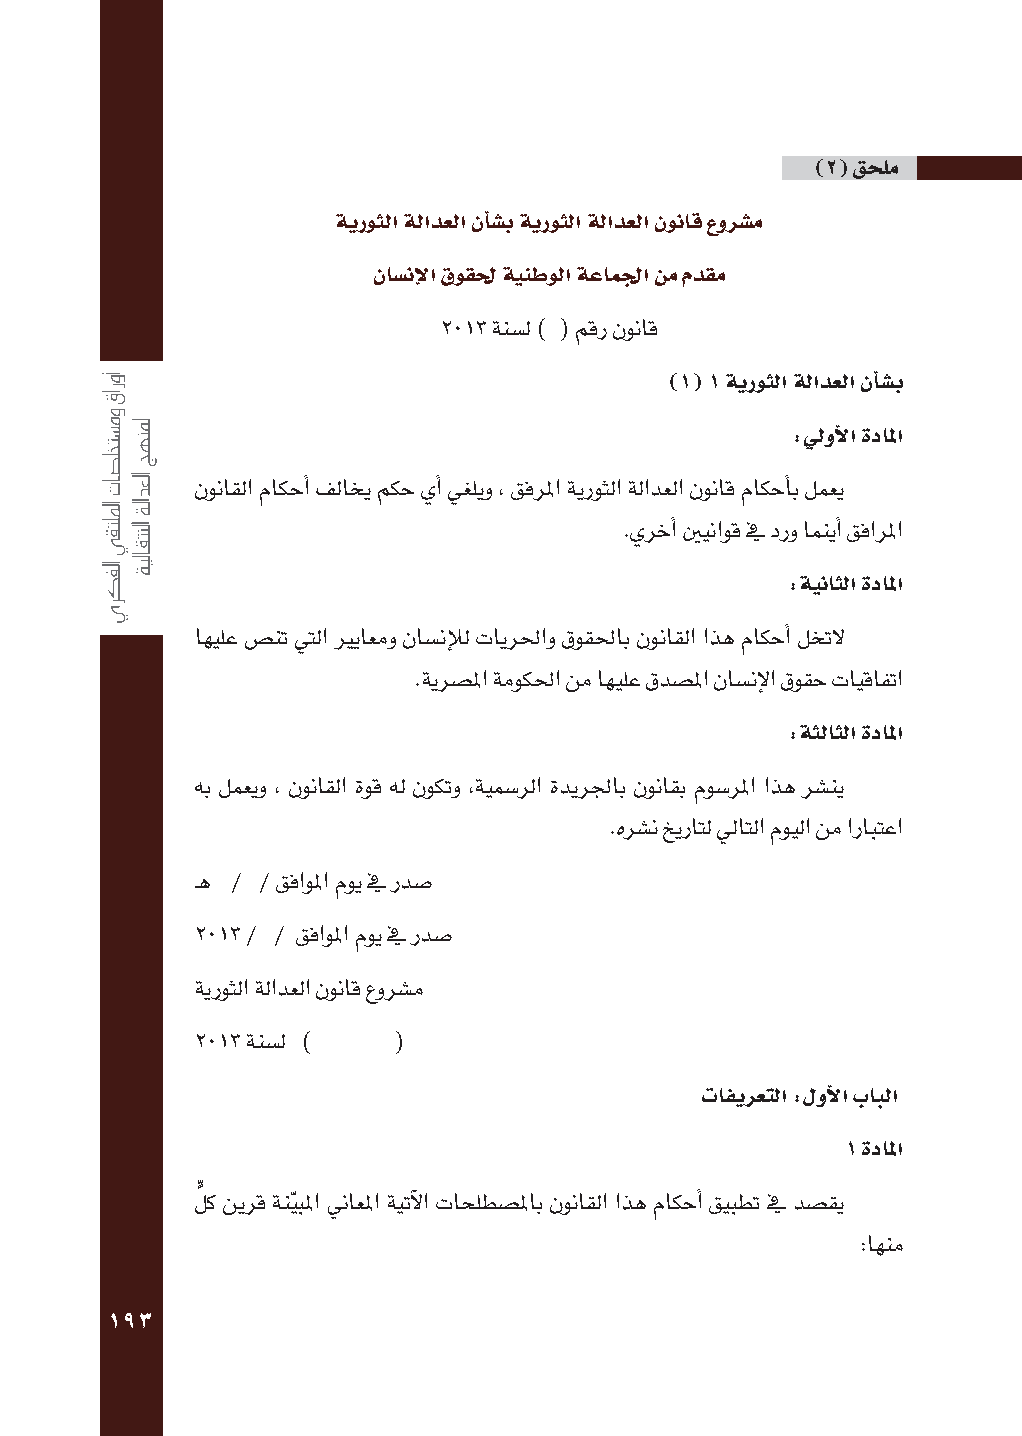
)2( قحلم
 ةيروثلا ةلادعلا نأاض�ب ةيروثلا ةلادعلا نوناق عورض�م
 ناض�نإلا قوقلح ةينطولا ةعاملجا نم مدقم
 2013 ةنش�ل ) ( مقر نوناق
 )1( 1 ةيروثلا ةلادعلا نأاض�ب
 :ليوألا ةدالما
 نوناقلا ماكحأا فلاخي مكح يأا يغليو , قفرلما ةيروثلا ةلادعلا نوناق ماكحأاب لمعي
 .يرخأا ينيناوق في درو امنيأا قفارلما
 :ةيناثلا ةدالما
 اهيلع ض�نت يتلا يرياعمو ناش�نإلال تايرلحاو قوقلحاب نوناقلا اذه ماكحأا لختل
 .ةيرش�لما ةموكلحا نم اهيلع قدش�لما ناش�نإلا قوقح تايقافتا
 :ةثلاثلا ةدالما
 هب لمعيو , نوناقلا ةوق هل نوكتو ,ةيمش�رلا ةديرلجاب نوناقب موش�رلما اذه رش�ني
 .هرش�ن خيراتل لياتلا مويلا نم ارابتعا
 ـه / / قفاولما موي في ردش�
 2013 / / قفاولما موي في ردش�
 ةيروثلا ةلادعلا نوناق عورش�م
 2013 ةنش�ل ) (
 تافيرعتلا :لوألا بابلا
 1 ةدالما
 لٍّ ك نيرق ةنيّ بلما نياعلما ةيتآلا تاحلطش�لماب نوناقلا اذه ماكحأا قيبطت في دش�قي
 :اهنم
 193